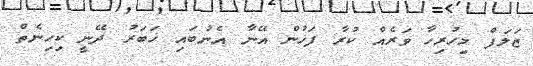
ޒަލަފް މިހުރިހާ ވަރެއް ކުރާ ފަހުން އޭނާ އެނުބައި ޚަބަރު ދޭނީ ކިހިނެތް